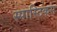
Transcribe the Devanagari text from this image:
स्पास्टिकस